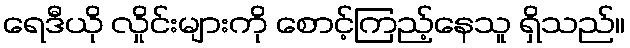
ရေဒီယို လှိုင်းများကို စောင့်ကြည့်နေသူ ရှိသည်။